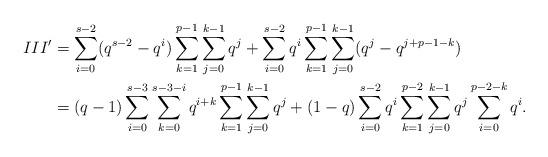
LaTeX: \begin{align*} III'&=\sum_{i=0}^{s-2} (q^{s-2} -q^i)\sum_{k=1}^{p-1}\sum_{j=0}^{k-1}q^{j} + \sum_{i=0}^{s-2}q^i \sum_{k=1}^{p-1}\sum_{j=0}^{k-1}(q^{j} -q^{j+p-1-k})\\ &=(q-1)\sum_{i=0}^{s-3} \sum_{k=0}^{s-3-i} q^{i+k}\sum_{k=1}^{p-1}\sum_{j=0}^{k-1}q^{j} + (1-q)\sum_{i=0}^{s-2}q^i \sum_{k=1}^{p-2}\sum_{j=0}^{k-1}q^j\sum_{i=0}^{p-2-k} q^{i}. \end{align*}